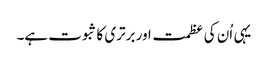
یہی اُن کی عظمت اور برتری کا ثبوت ہے۔